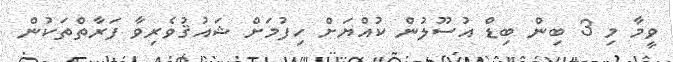
ވީމާ މި 3 ބިން ބިޑް އުސޫލުން ކުއްޔަށް ހިފުމަށް ޝައުޤުވެރިވާ ފަރާތްތަކުން